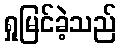
ရှုမြင်ခဲ့သည်